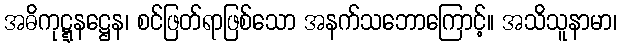
အဓိကုဋ္ဋနဋ္ဌေန၊ စင်ဖြတ်ရာဖြစ်သော အနက်သဘောကြောင့်။ အသိသူနာမာ၊